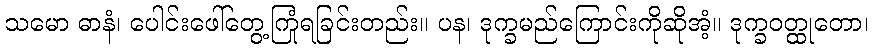
သမော ဓာနံ၊ ပေါင်းဖေါ်တွေ့ကြုံရခြင်းတည်း။ ပန၊ ဒုက္ခမည်ကြောင်းကိုဆိုအံ့။ ဒုက္ခဝတ္ထုတော၊